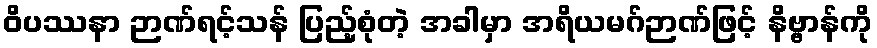
ဝိပဿနာ ဉာဏ်ရင့်သန် ပြည့်စုံတဲ့ အခါမှာ အရိယမဂ်ဉာဏ်ဖြင့် နိဗ္ဗာန်ကို